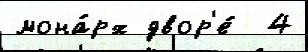
мона́рх двор'е́  4